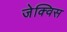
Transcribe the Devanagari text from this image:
जेक्विस